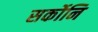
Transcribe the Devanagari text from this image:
सर्कोनि